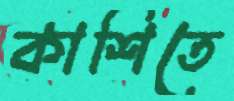
কাশিতে